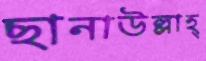
ছানাউল্লাহ্